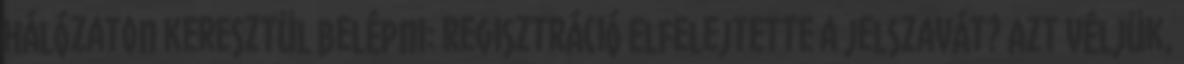
hálózaton keresztül belépni: Regisztráció Elfelejtette a jelszavát? Azt véljük,